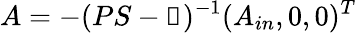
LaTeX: A=-(PS-\mathbb{1})^{-1}(A_{in},0,0)^{T}